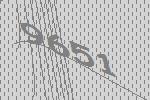
9651